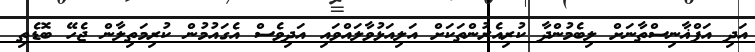
އަދި އަފްޣާނިސްތާނަށް ލިބެމުންދާ ކުރިއެރުންތަކަށް އަލިއަޅުވާލައްވައި އަދިވެސް އެގައުމުން ކުރިމަތިލާން ޖެހޭ ބޮޑެތި